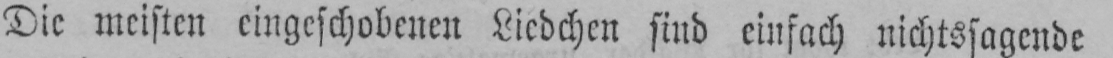
Die meisten eingeschobenen Liedchen sind einfach nichtssagende